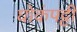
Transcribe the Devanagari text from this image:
घोकंपट्टी